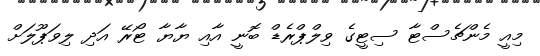
މިއީ މެންޗެސްޓާ ސިޓީގެ ވިލްޕްރެޑް ބޮނީ އާއި ޔާޔާ ޓޯރޭ އަދި ލިވަޕޫލަށް